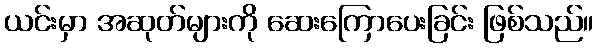
ယင်းမှာ အဆုတ်များကို ဆေးကြောပေးခြင်း ဖြစ်သည်။